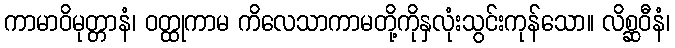
ကာမာဝိမုတ္တာနံ၊ ဝတ္ထုကာမ ကိလေသာကာမတို့ကိုနှလုံးသွင်းကုန်သော။ လိစ္ဆဝီနံ၊